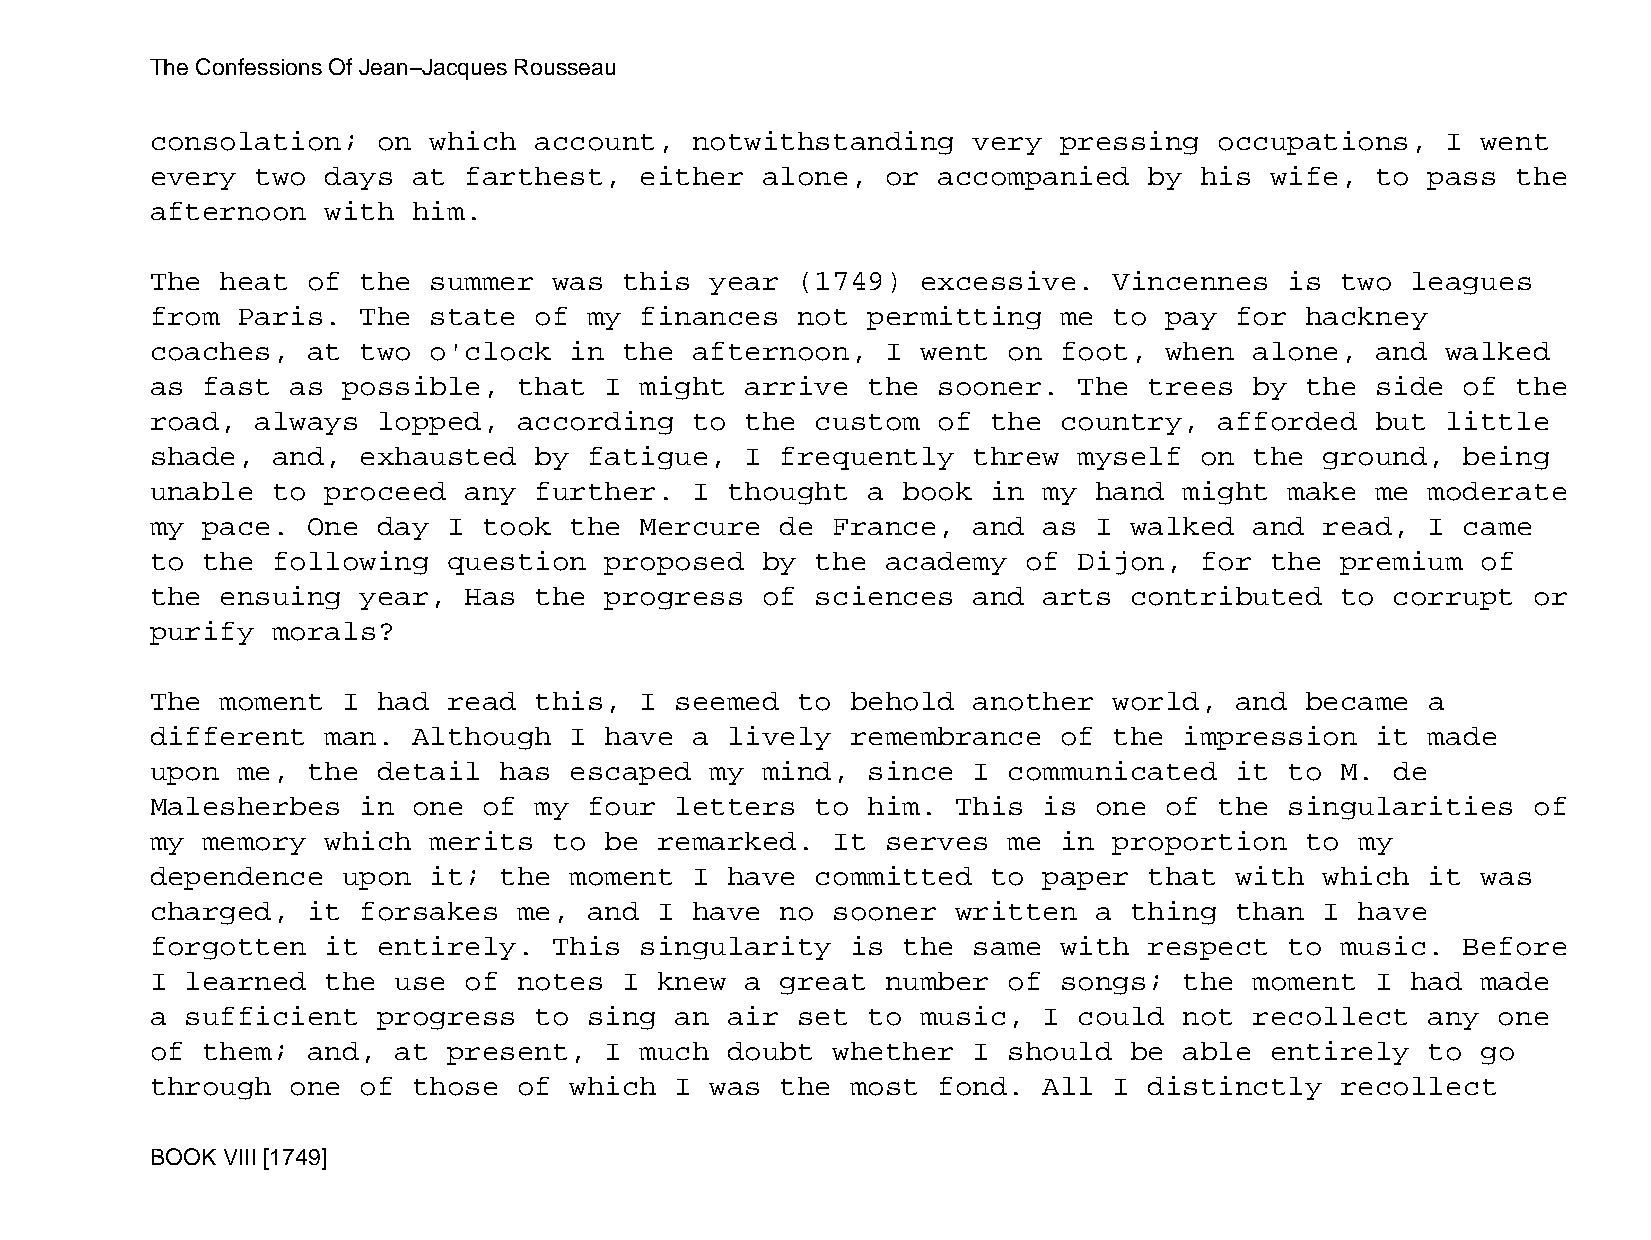
The Confessions Of Jean−Jacques Rousseau
 consolation;   on which  account,   notwithstanding   very  pressing   occupations,   I went
 every  two  days at  farthest,  either  alone,   or accompanied   by his  wife,  to  pass the
 afternoon   with him.
 The  heat of  the summer   was this  year  (1749)  excessive.   Vincennes  is  two leagues
 from  Paris.  The state  of  my finances   not permitting   me  to pay  for hackney
 coaches,  at  two o'clock   in the  afternoon,   I went  on foot,  when  alone,  and  walked
 as fast  as  possible,  that  I might  arrive  the  sooner.  The  trees  by the  side  of the
 road,  always  lopped,  according   to the  custom  of  the country,   afforded  but  little
 shade,  and,  exhausted  by  fatigue,  I  frequently  threw  myself  on  the  ground,  being
 unable  to  proceed  any further.   I thought  a  book  in my hand  might  make  me  moderate
 my pace.  One  day  I took  the Mercure   de France,  and  as I  walked  and  read,  I came
 to the  following   question  proposed  by  the  academy  of Dijon,  for  the  premium  of
 the  ensuing  year,  Has the  progress  of  sciences  and  arts  contributed   to corrupt  or
 purify  morals?
 The  moment  I had  read this,  I  seemed  to behold  another   world,  and became   a
 different   man. Although   I have  a lively  remembrance   of  the impression   it  made
 upon  me, the  detail  has  escaped  my mind,  since  I  communicated   it to  M. de
 Malesherbes   in one  of my  four  letters  to him.  This  is one  of  the singularities   of
 my memory   which merits   to be  remarked.  It  serves  me in  proportion  to  my
 dependence   upon it;  the  moment  I have  committed   to paper  that  with  which  it was
 charged,  it  forsakes  me,  and  I have  no sooner  written  a  thing  than  I have
 forgotten   it entirely.   This singularity   is  the same  with  respect  to  music.  Before
 I learned   the use  of notes  I  knew a  great  number  of songs;  the  moment  I had  made
 a sufficient   progress  to  sing  an air  set to  music,  I could  not  recollect   any one
 of them;  and,  at  present,  I much  doubt  whether  I  should  be able  entirely   to go
 through  one  of those  of  which  I was  the most  fond.  All  I distinctly   recollect
 BOOK VIII [1749]